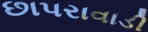
છાપરાવાડી